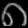
Digit: ၈